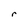
Character: r